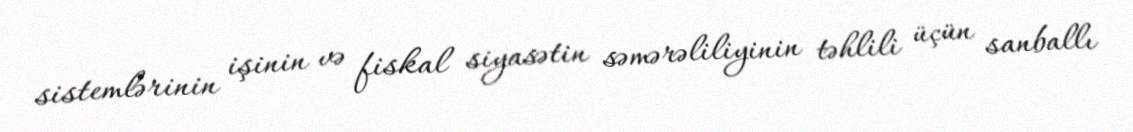
sistemlərinin işinin və fiskal siyasətin səmərəliliyinin təhlili üçün sanballı